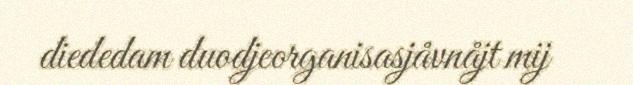
diededam duodjeorganisasjåvnåjt mij